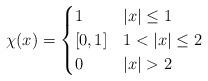
LaTeX: \begin{gather*}\chi(x)=\begin{cases}1 & |x| \leq 1 \\\left[0,1\right] & 1<|x|\leq 2 \\0 & |x|>2\end{cases}\end{gather*}